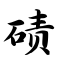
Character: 碛